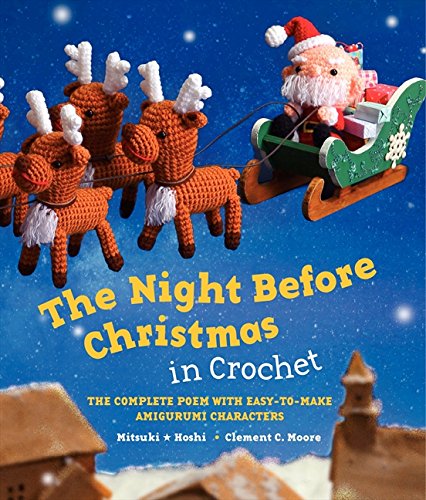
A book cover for The Night Before Christmas in Crochet: The Complete Poem with Easy-to-Make Amigurumi Characters; Clement C. Moore; Crafts, Hobbies & Home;